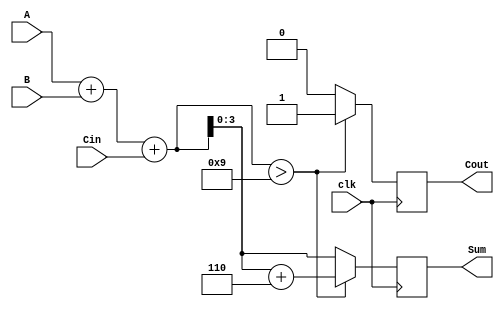
module BCD_Sequential_Adder (
    input wire [3:0] A,     // First BCD digit
    input wire [3:0] B,     // Second BCD digit
    input wire Cin,         // Carry input
    input wire clk,         // Clock input
    output reg [3:0] Sum,   // BCD result
    output reg Cout         // Carry output
);

    reg [4:0] TempSum;      // Intermediate sum (5 bits for carry)
    
    always @(posedge clk) begin
        // Perform binary addition
        TempSum = A + B + Cin;

        // Check if correction is needed
        if (TempSum > 5'd9) begin
            // Apply BCD correction
            TempSum = TempSum + 5'd6; // Add 6 to convert to valid BCD
            Cout = 1;                 // Set carry out
        end else begin
            Cout = 0;                 // No carry out
        end

        // Assign the BCD sum (only the lower 4 bits)
        Sum = TempSum[3:0];
    end

endmodule